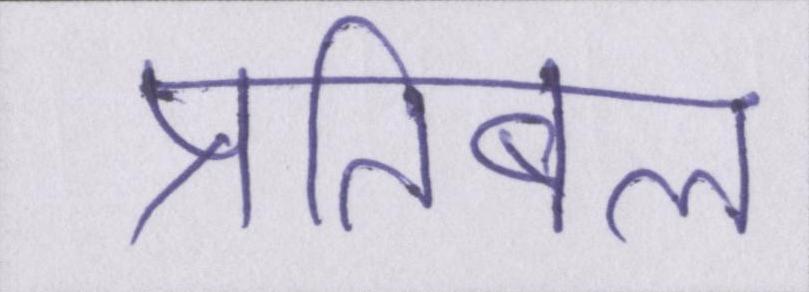
प्रतिबल